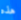
هذه